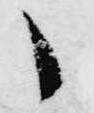
々